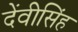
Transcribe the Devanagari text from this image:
देंवीसिंह